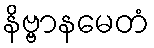
နိဗ္ဗာနမေတံ